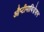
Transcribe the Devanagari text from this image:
औप्टीमायिज़ेशन